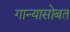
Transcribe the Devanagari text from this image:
गान्यासोबत